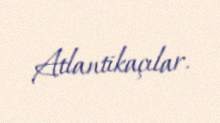
Atlantikaçılar.